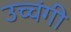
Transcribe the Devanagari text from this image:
उच्चंगी